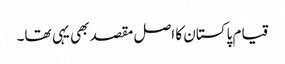
قیام پاکستان کا اصل مقصد بھی یہی تھا۔